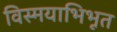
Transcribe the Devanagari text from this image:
विस्मयाभिभूत